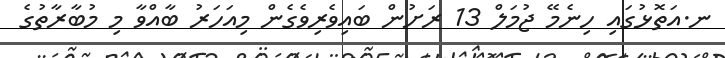
ނ.އަތޮޅުގައި ހިނެމޭ ޖުމަލް 13 ރަށުން ބައިވެރިވެގެން މިއަހަރު ބާއްވާ މި މުބާރާތުގެ